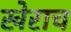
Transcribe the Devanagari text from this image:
खेराच